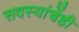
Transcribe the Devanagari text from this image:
सदस्यांचेंही